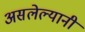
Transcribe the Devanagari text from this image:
असलेल्यानी